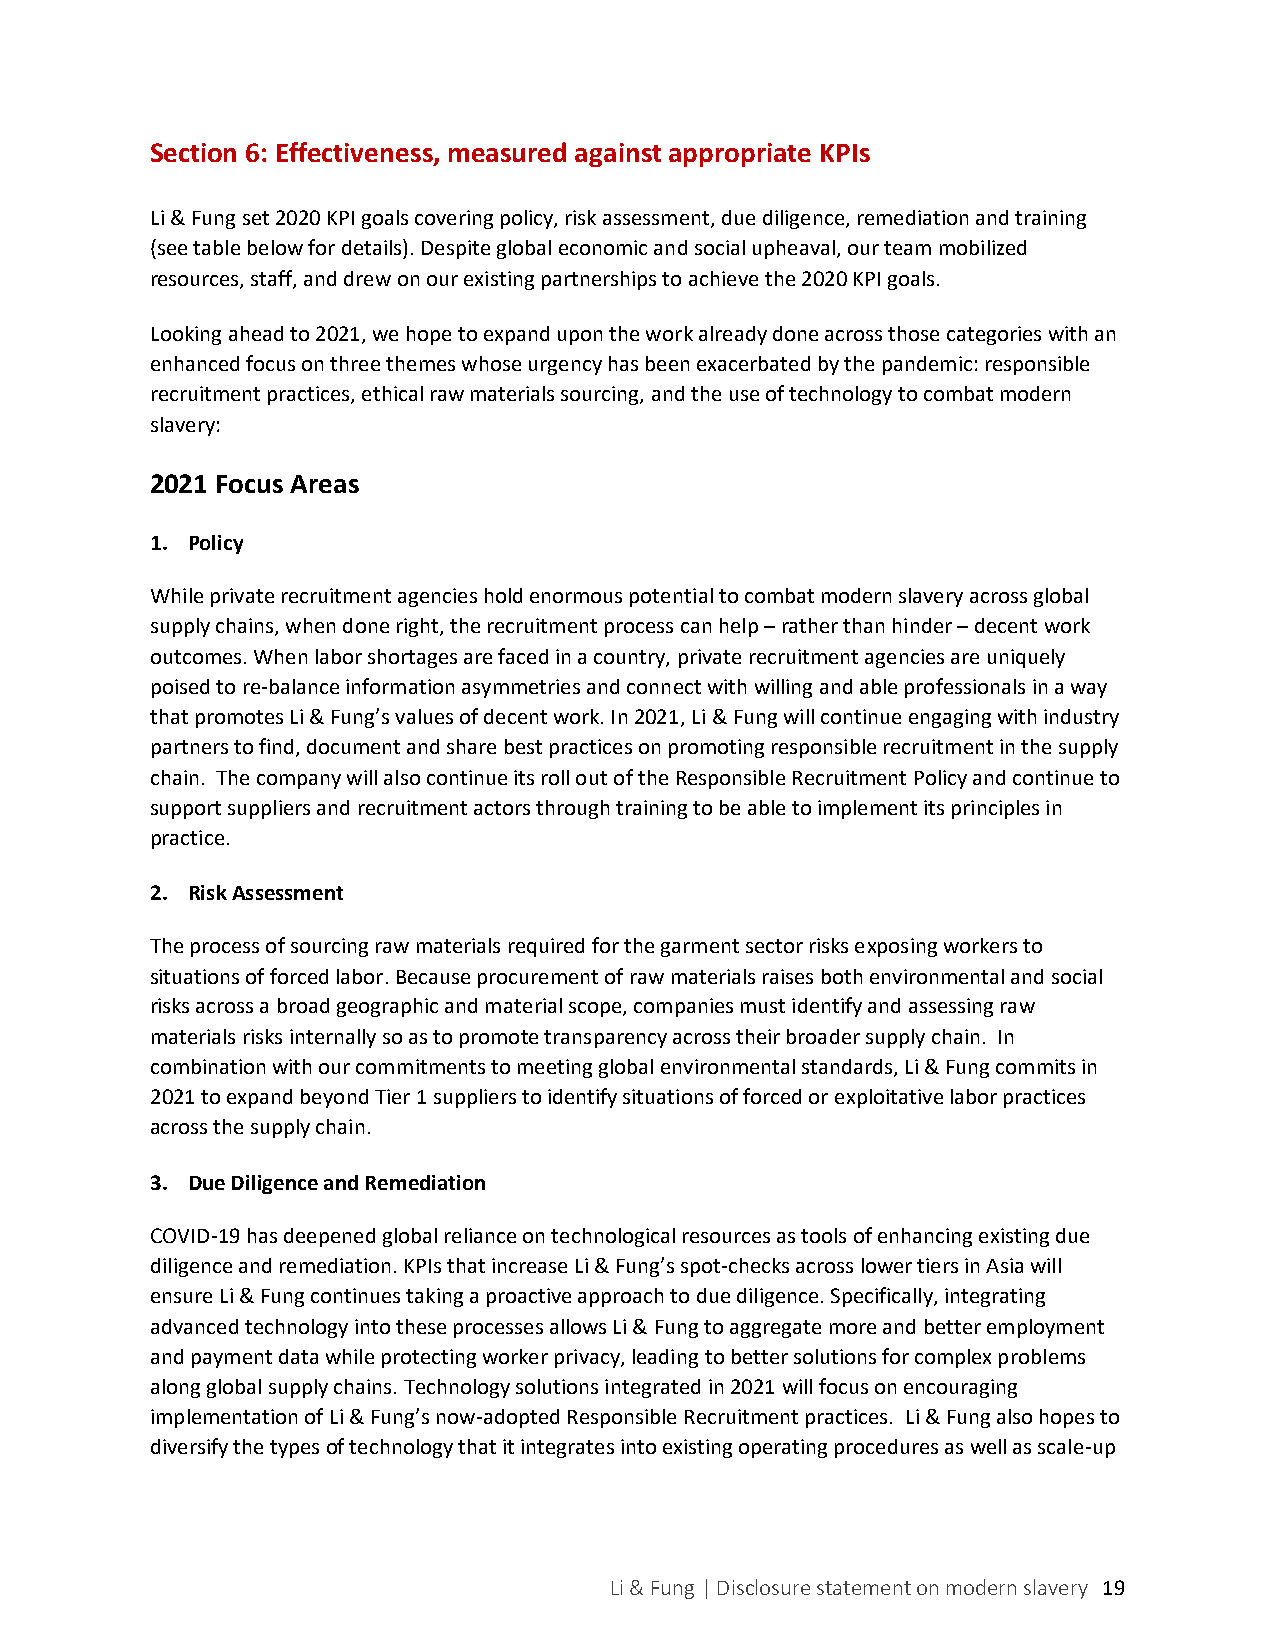
Section 6: Effectiveness, measured against appropriate KPIs
 Li & Fung set 2020 KPI goals covering policy, risk assessment, due diligence, remediation and training
 (see table below for details). Despite global economic and social upheaval, our team mobilized
 resources, staff, and drew on our existing partnerships to achieve the 2020 KPI goals.
 Looking ahead to 2021, we hope to expand upon the work already done across those categories with an
 enhanced focus on three themes whose urgency has been exacerbated by the pandemic: responsible
 recruitment practices, ethical raw materials sourcing, and the use of technology to combat modern
 slavery:
 2021 Focus Areas
 1. Policy
 While private recruitment agencies hold enormous potential to combat modern slavery across global
 supply chains, when done right, the recruitment process can help – rather than hinder – decent work
 outcomes. When labor shortages are faced in a country, private recruitment agencies are uniquely
 poised to re-balance information asymmetries and connect with willing and able professionals in a way
 that promotes Li & Fung’s values of decent work. In 2021, Li & Fung will continue engaging with industry
 partners to find, document and share best practices on promoting responsible recruitment in the supply
 chain. The company will also continue its roll out of the Responsible Recruitment Policy and continue to
 support suppliers and recruitment actors through training to be able to implement its principles in
 practice.
 2. Risk Assessment
 The process of sourcing raw materials required for the garment sector risks exposing workers to
 situations of forced labor. Because procurement of raw materials raises both environmental and social
 risks across a broad geographic and material scope, companies must identify and assessing raw
 materials risks internally so as to promote transparency across their broader supply chain. In
 combination with our commitments to meeting global environmental standards, Li & Fung commits in
 2021 to expand beyond Tier 1 suppliers to identify situations of forced or exploitative labor practices
 across the supply chain.
 3. Due Diligence and Remediation
 COVID-19 has deepened global reliance on technological resources as tools of enhancing existing due
 diligence and remediation. KPIs that increase Li & Fung’s spot-checks across lower tiers in Asia will
 ensure Li & Fung continues taking a proactive approach to due diligence. Specifically, integrating
 advanced technology into these processes allows Li & Fung to aggregate more and better employment
 and payment data while protecting worker privacy, leading to better solutions for complex problems
 along global supply chains. Technology solutions integrated in 2021 will focus on encouraging
 implementation of Li & Fung’s now-adopted Responsible Recruitment practices. Li & Fung also hopes to
 diversify the types of technology that it integrates into existing operating procedures as well as scale-up
 Li & Fung | Disclosure statement on modern slavery 1 9